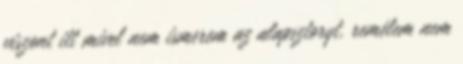
viszont itt mivel nem ismerem az alapsztoryt, remélem nem